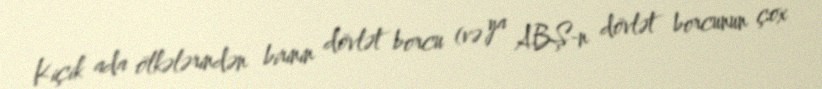
Kiçik ada ölkələrindən birinin dövlət borcu (və ya ABŞ-n dövlət borcunun çox